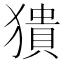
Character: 𤡱